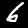
Digit: 6